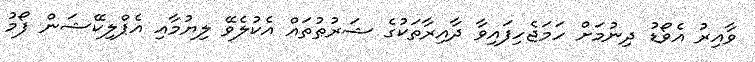
ވާއިރު އެވޯޑު ދިނުމަށް ހަމަޖެހިފައިވާ ދާއިރާތަކުގެ ޝަރުޠުތައް އެކުލެވޭ ލިޔުމާއި އެޕްލިކޭޝަން ފޯމު